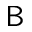
\textsf { B }